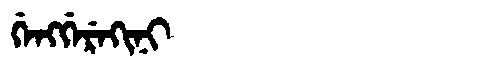
Manchu: ᡤᡝᠩᡤᡝᡵᡝᡴᡳᠨᡳ
Romanization: GENGGEREKINI